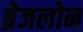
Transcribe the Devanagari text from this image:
ब्रेजलोन